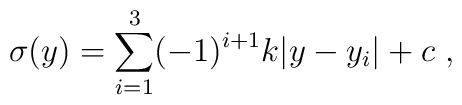
\sigma (y) = \sum_{i=1}^{3} (-1)^{i+1} k |y-y_i| + c ~,~\,